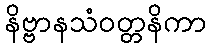
နိဗ္ဗာနသံဝတ္တနိကာ